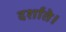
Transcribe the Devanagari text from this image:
दर्शाते।